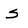
Character: s